Indian journal of veterinary science and animal husbandry - Volume 1,
Year: 1931
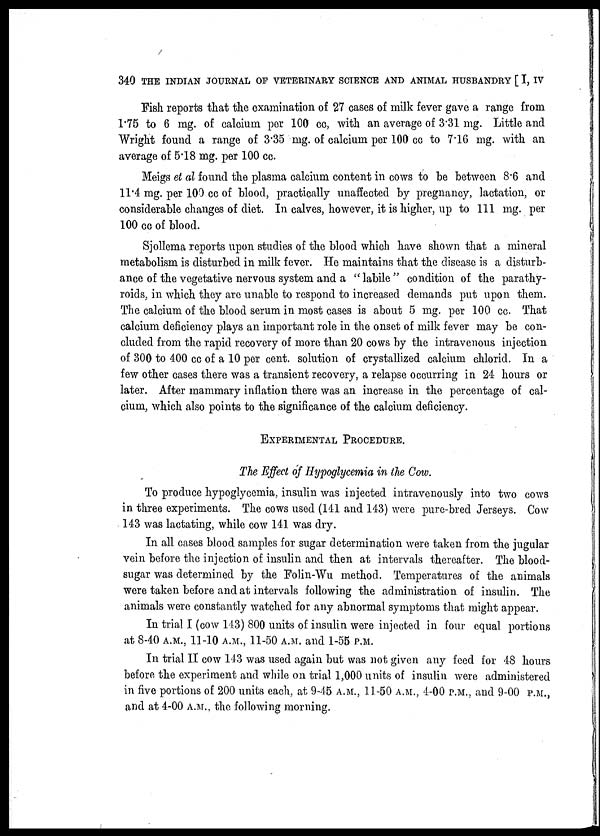
340 THE INDIAN JOURNAL OF VETERINARY SCIENCE AND ANIMAL HUSBANDRY [ I, IV
Fish reports that the examination of 27 cases of milk fever gave a range from
1.75 to 6 mg. of calcium per 100 cc, with an average of 3.31 mg. Little and
Wright found a range of 3.35 mg. of calcium per 100 cc to 7.16 mg. with an
average of 5.18 mg. per 100 cc.
Meigs et al found the plasma calcium content in cows to be between 8.6 and
11.4 mg. per 100 cc of blood, practically unaffected by pregnancy, lactation, or
considerable changes of diet. In calves, however, it is higher, up to 111 mg. per
100 cc of blood.
Sjollema reports upon studies of the blood which have shown that a mineral
metabolism is disturbed in milk fever. He maintains that the disease is a disturb-
ance of the vegetative nervous system and a "labile" condition of the parathy-
roids, in which they are unable to respond to increased demands put upon them.
The calcium of the blood serum in most cases is about 5 mg. per 100 cc. That
calcium deficiency plays an important role in the onset of milk fever may be con-
cluded from the rapid recovery of more than 20 cows by the intravenous injection
of 300 to 400 cc of a 10 per cent. solution of crystallized calcium chlorid. In a
few other cases there was a transient recovery, a relapse occurring in 24 hours or
later. After mammary inflation there was an increase in the percentage of cal-
cium, which also points to the significance of the calcium deficiency.
EXPERIMENTAL PROCEDURE.
The Effect of Hypoglycemia in the Cow.
To produce hypoglycemia, insulin was injected intravenously into two cows
in three experiments. The cows used (141 and 143) were pure-bred Jerseys. Cow
143 was lactating, while cow 141 was dry.
In all cases blood samples for sugar determination were taken from the jugular
vein before the injection of insulin and then at intervals thereafter. The blood-
sugar was determined by the Folin-Wu method. Temperatures of the animals
were taken before and at intervals following the administration of insulin. The
animals were constantly watched for any abnormal symptoms that might appear.
In trial I (cow 143) 800 units of insulin were injected in four equal portions
at 8-40 A.M., 11-10 A.M., 11-50 A.M. and 1-55 P.M.
In trial II cow 143 was used again but was not given any feed for 48 hours
before the experiment and while on trial 1,000 units of insulin were administered
in five portions of 200 units each, at 9-45 A.M., 11-50 A.M., 4-00 P.M., and 9-00 P.M.,
and at 4-00 A.M., the following morning.